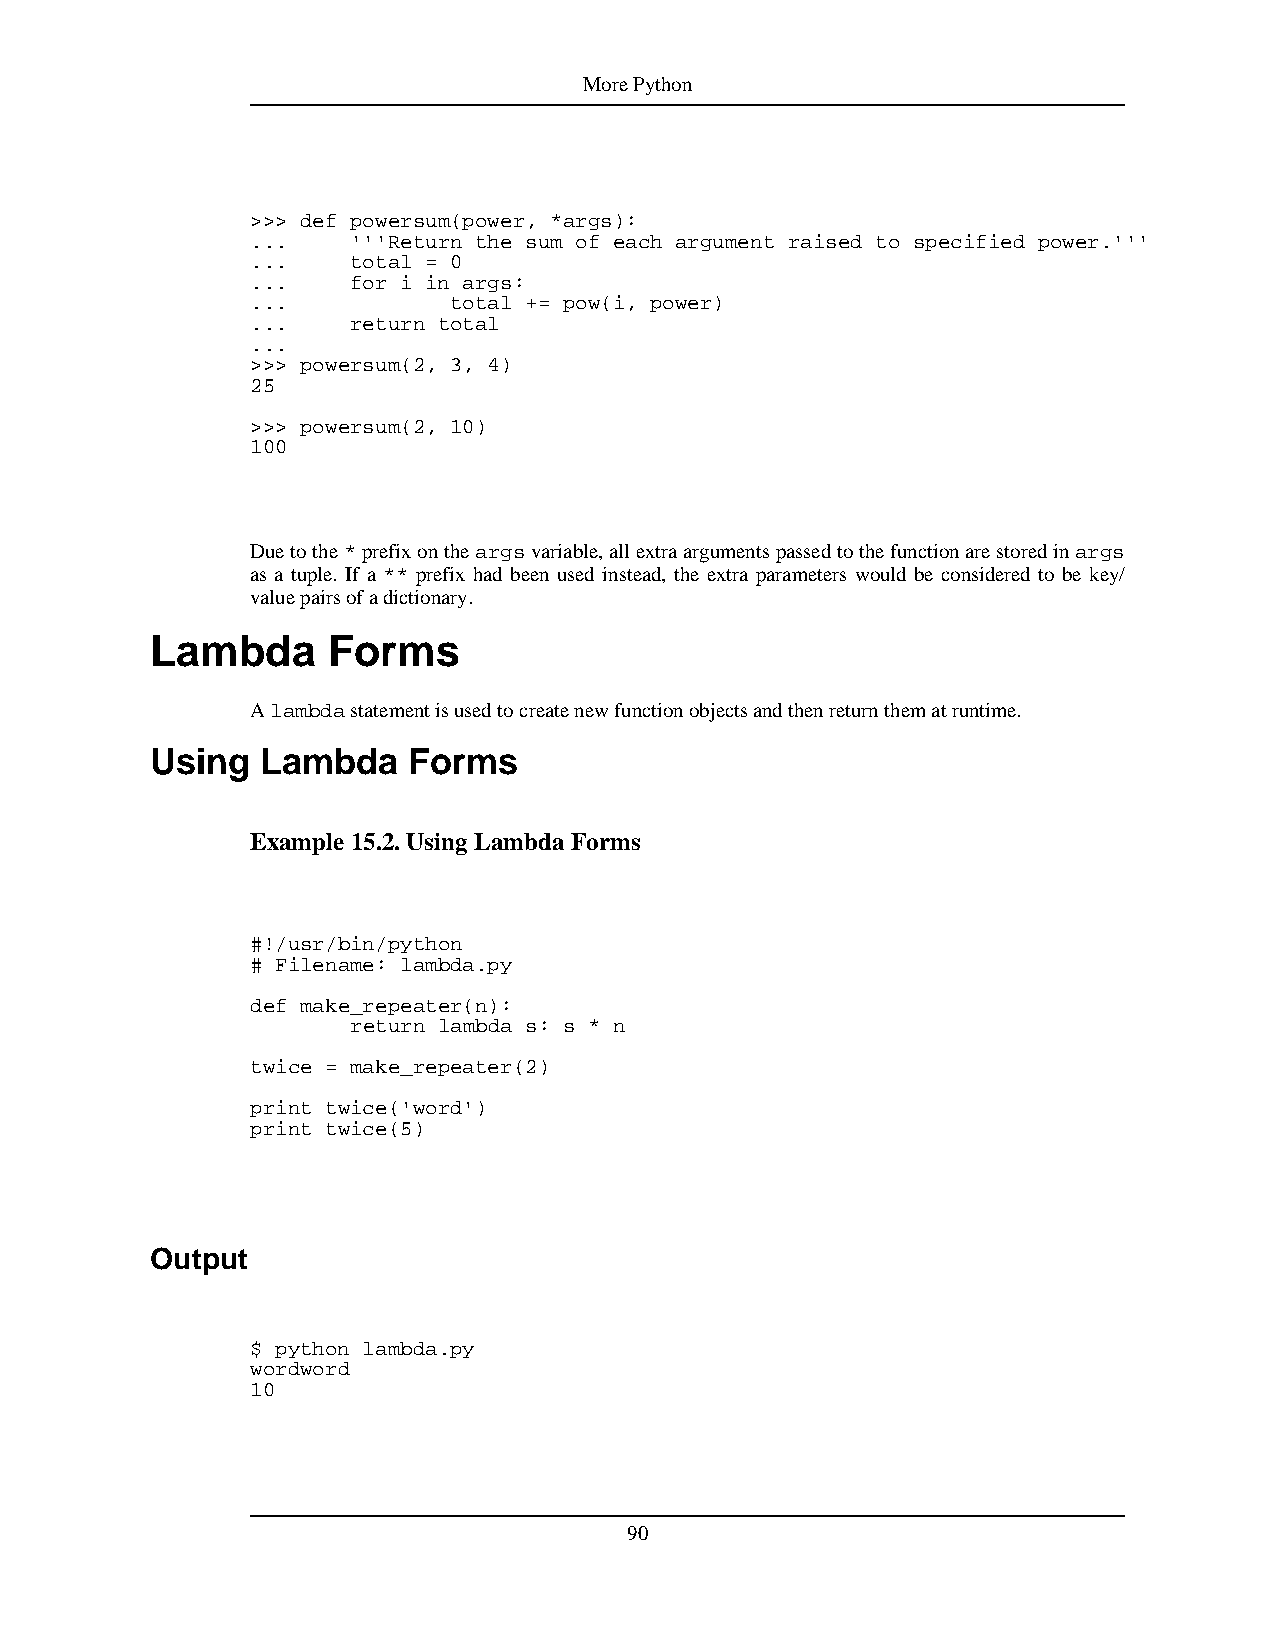
MorePython
 >>> def powersum(power, *args):
 ...   '''Return the sum of each argument raised to specified power.'''
 ...   total = 0
 ...   for i in args:
 ...          total += pow(i, power)
 ...   return total
 ...
 >>> powersum(2, 3, 4)
 25
 >>> powersum(2, 10)
 100
 Duetothe*prefixontheargsvariable,allextraargumentspassedtothefunctionarestoredinargs
 as a tuple. If a ** prefix had been used instead, the extra parameters would be considered to be key/
 valuepairsofadictionary.
 Lambda      Forms
 Alambdastatementisusedtocreatenewfunctionobjectsandthenreturnthematruntime.
 Using  Lambda    Forms
 Example 15.2.UsingLambdaForms
 #!/usr/bin/python
 # Filename: lambda.py
 def make_repeater(n):
 return lambda s: s * n
 twice = make_repeater(2)
 print twice('word')
 print twice(5)
 Output
 $ python lambda.py
 wordword
 10
 90